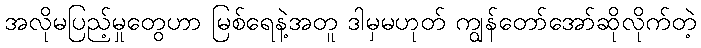
အလိုမပြည့်မှုတွေဟာ မြစ်ရေနဲ့အတူ ဒါမှမဟုတ် ကျွန်တော်အော်ဆိုလိုက်တဲ့